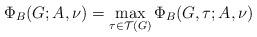
LaTeX: \begin{align*}\Phi_B(G;A,\nu)=\max_{\tau\in \mathcal{T}(G)}\Phi_B(G,\tau;A,\nu)\end{align*}